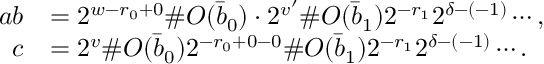
\begin{array} { r l } { a b } & { = 2 ^ { w - r _ { 0 } + 0 } \# O ( \bar { b } _ { 0 } ) \cdot 2 ^ { v ^ { \prime } } \# O ( \bar { b } _ { 1 } ) 2 ^ { - r _ { 1 } } 2 ^ { \delta - ( - 1 ) } \cdots , } \\ { c } & { = 2 ^ { v } \# O ( \bar { b } _ { 0 } ) 2 ^ { - r _ { 0 } + 0 - 0 } \# O ( \bar { b } _ { 1 } ) 2 ^ { - r _ { 1 } } 2 ^ { \delta - ( - 1 ) } \cdots . } \end{array}